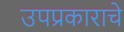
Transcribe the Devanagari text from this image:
उपप्रकाराचे